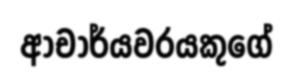
ආචාර්යවරයකුගේ